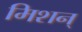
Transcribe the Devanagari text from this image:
मिशन्‌